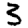
Digit: 3